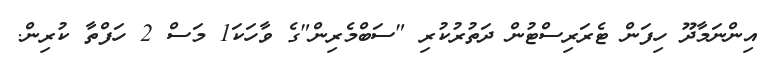
އިންނަމާދޫ ހިފަން ޓެރަރިސްޓުން ދަތުރުކުރި "ސަބްމެރިން"ގެ ވާހަކަ1 މަސް 2 ހަފްތާ ކުރިން.